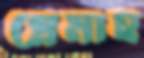
প্রেমাহ